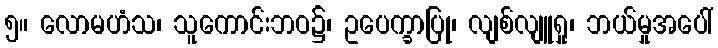
၅။ လောမဟံသ၊ သူကောင်းဘဝ၌၊ ဥပေက္ခာပြု၊ လျစ်လျူရှု၊ ဘယ်မှုအပေါ်